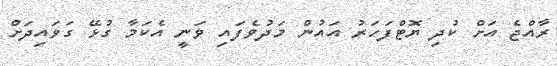
ރާއްޖެ އަށް ކުދި ޔޮޓްފަހަރު އައުން މަދުވެފައި ވަނީ އެކަމާ ގުޅޭ ގަވައިދަށް